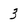
Character: 3